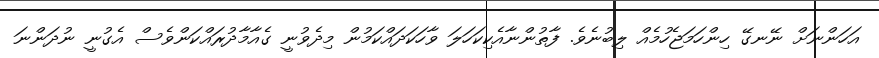
އަހަންނަށް ނޭނގޭ ހިންހަމަޖެހުމެއް ލިބުނެވެ. ފާތުންނާއެކިކަހަލަ ވާހަކަދައްކަމުން މިދެވުނީ ގެއާމާދުރައްކަންވެސް އެގުނީ ނުދަންނަ